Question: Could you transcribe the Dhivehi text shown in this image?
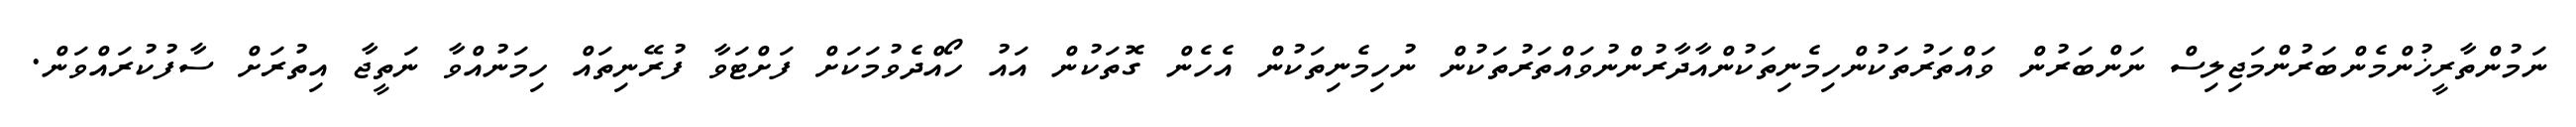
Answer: ނަމުންތާރީޚުންމެންބަރުންމަޖިލިސް ނަންބަރުން ވައްތަރުތަކުންހިމެނިތަކުންއާދާރުންނުވައްތަރުތަކުން ނުހިމެނިތަކުން އެހެން ގޮތަކުން އައު ހޯއްދެވުމަކަށް ފަށްޓަވާ ފުރޭނިތައް ހިމަނުއްވާ ނަތީޖާ އިތުރަށް ސާފުކުރައްވަން.